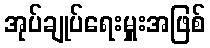
အုပ်ချုပ်ရေးမှူးအဖြစ်